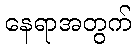
နေရာအတွက်